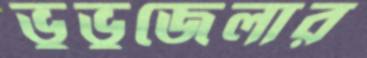
ভুভুজেলার